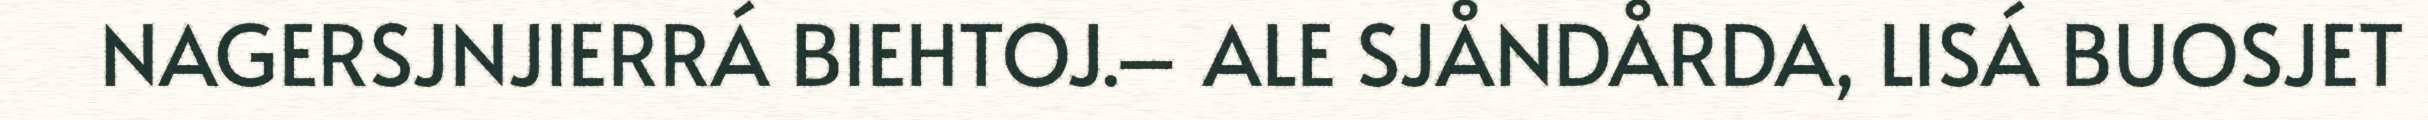
NAGERSJNJIERRÁ BIEHTOJ.– ALE SJÅNDÅRDA, LISÁ BUOSJET